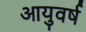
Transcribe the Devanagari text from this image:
आयुवर्ष